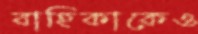
বাহিকাকেও